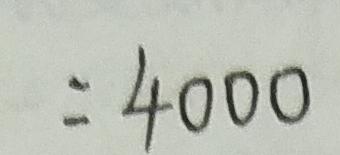
= 4 0 0 0